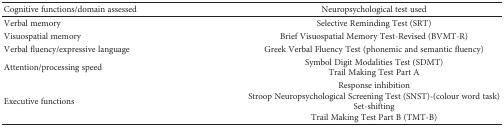
<table><thead><tr><td><b>Cognitive functions/domain assessed</b></td><td><b>Neuropsychological test used</b></td></tr></thead><tbody><tr><td>Verbal memory</td><td>Selective Reminding Test (SRT)</td></tr><tr><td>Visuospatial memory</td><td>Brief Visuospatial Memory Test-Revised (BVMT-R)</td></tr><tr><td>Verbal fluency/expressive language</td><td>Greek Verbal Fluency Test (phonemic and semantic fluency)</td></tr><tr><td>Attention/processing speed</td><td>Symbol Digit Modalities Test (SDMT)Trail Making Test Part A</td></tr><tr><td>Executive functions</td><td>Response inhibitionStroop Neuropsychological Screening Test (SNST)-(colour word task)Set-shiftingTrail Making Test Part B (TMT-B)</td></tr></tbody></table>